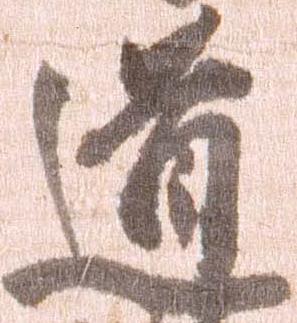
道